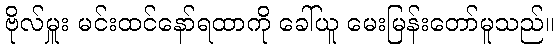
ဗိုလ်မှူး မင်းထင်နော်ရထာကို ခေါ်ယူ မေးမြန်းတော်မူသည်။